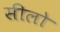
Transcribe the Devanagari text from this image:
सीलो